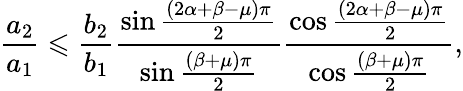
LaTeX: \frac{a_{2}}{a_{1}}\leqslant\frac{b_{2}}{b_{1}}\frac{\sin\frac{\left(2\alpha+\beta-\mu\right)\pi}{2}}{\sin\frac{\left(\beta+\mu\right)\pi}{2}}\frac{\cos\frac{\left(2\alpha+\beta-\mu\right)\pi}{2}}{\cos\frac{\left(\beta+\mu\right)\pi}{2}},